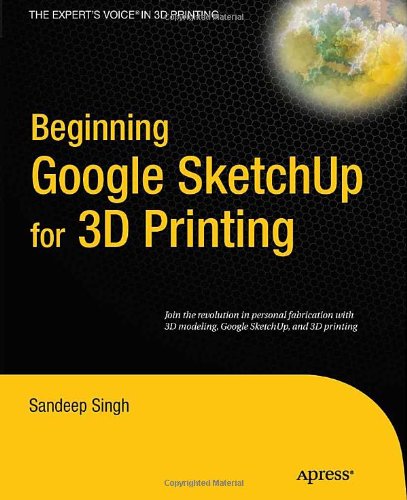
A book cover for Beginning Google Sketchup for 3D Printing (Expert's Voice in 3D Printing); Sandeep Singh; Computers & Technology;